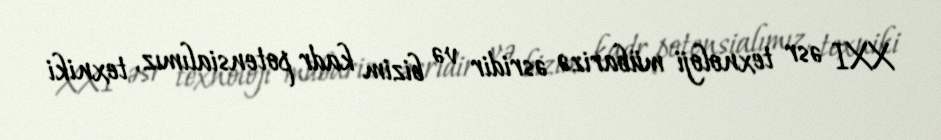
XXI əsr texnoloji mübarizə əsridir və bizim kadr potensialımız, texniki